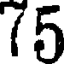
(5